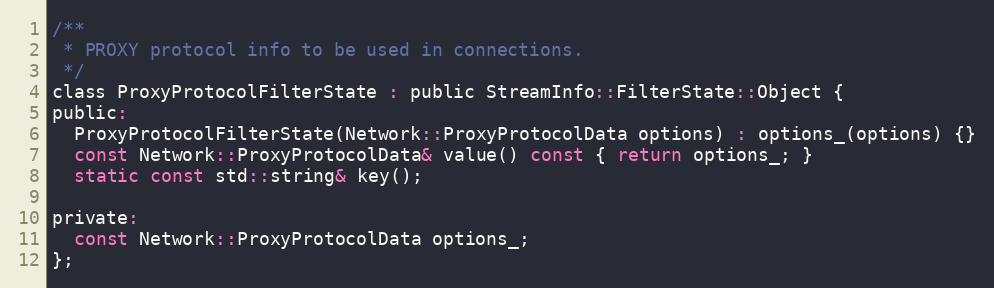
Language: C
/**
 * PROXY protocol info to be used in connections.
 */
class ProxyProtocolFilterState : public StreamInfo::FilterState::Object {
public:
  ProxyProtocolFilterState(Network::ProxyProtocolData options) : options_(options) {}
  const Network::ProxyProtocolData& value() const { return options_; }
  static const std::string& key();

private:
  const Network::ProxyProtocolData options_;
};